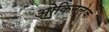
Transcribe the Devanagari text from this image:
ओकिनलेक